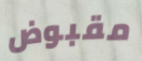
مقبوض